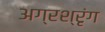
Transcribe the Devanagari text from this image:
अग्रश्रृंग